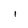
Character: i